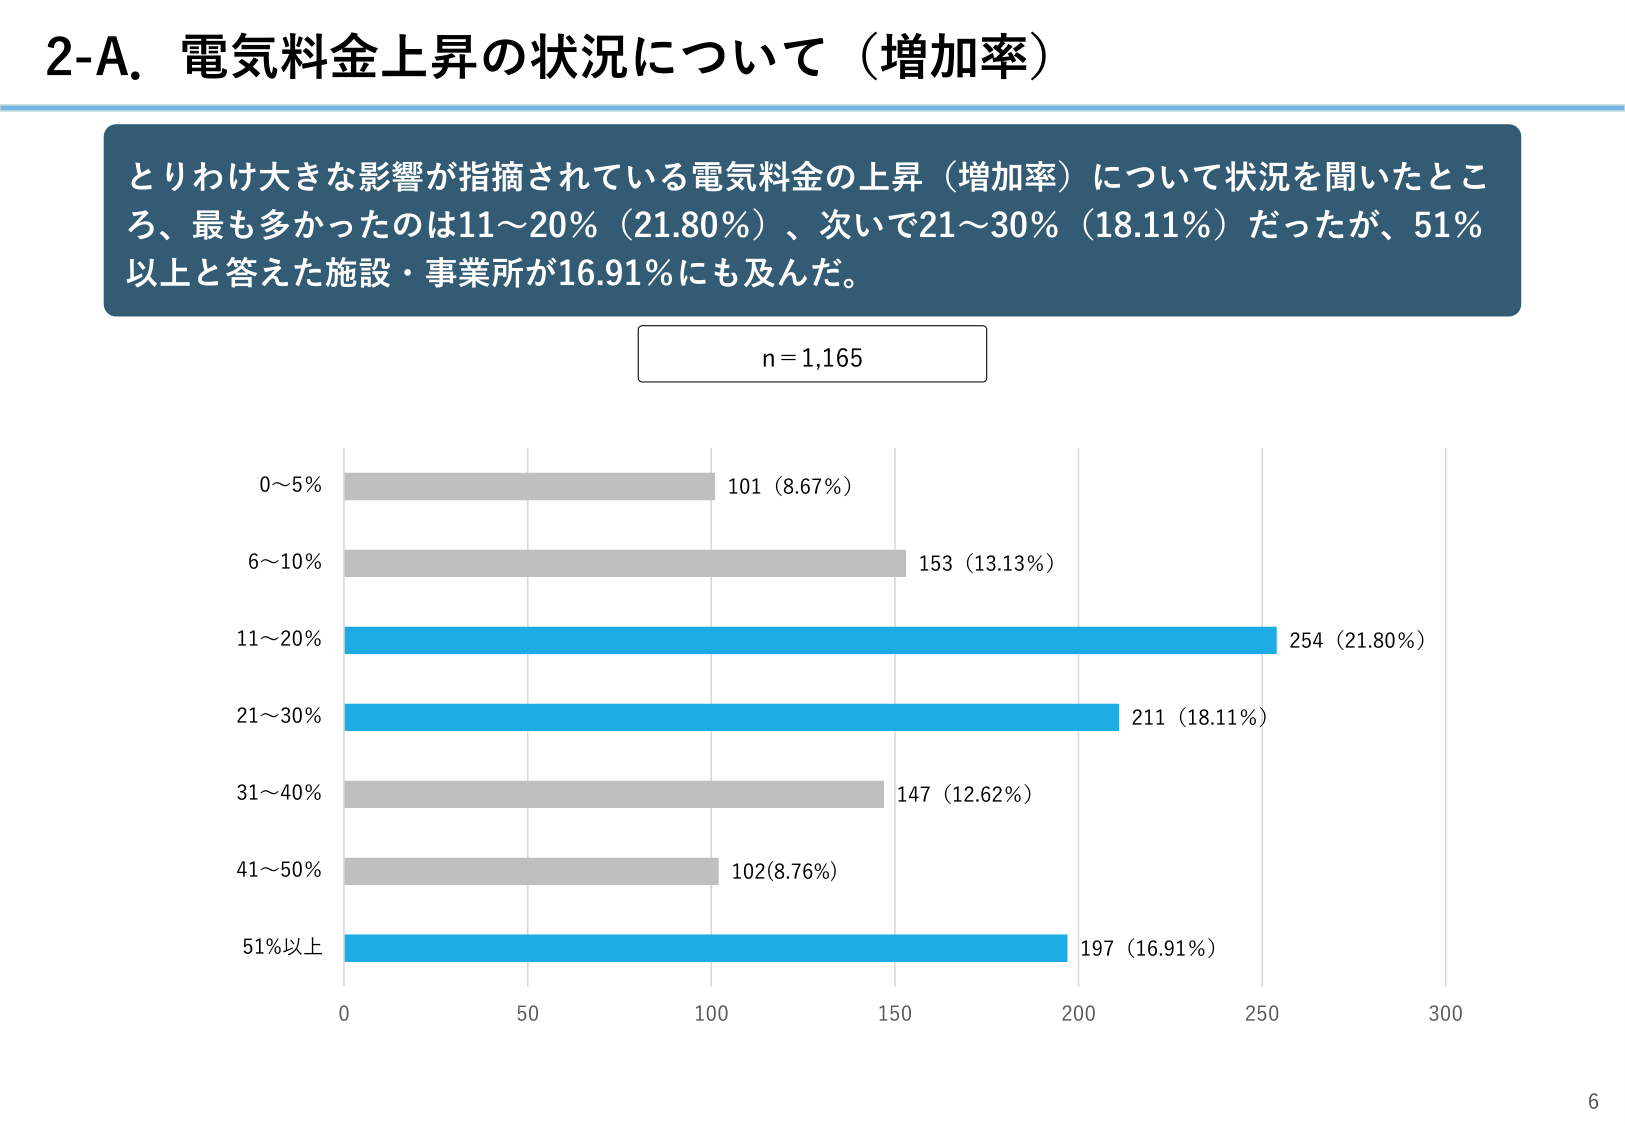
2-A. 電気料金上昇の状況について（増加率）

とりわけ大きな影響が指摘されている電気料金の上昇（増加率）について状況を聞いたところ、最も多かったのは11～20%（21.80%）、次いで21～30%（18.11%）だったが、51%以上と答えた施設・事業所が16.91%にも及んだ。

n = 1,165

0～5% 101（8.67%）
6～10% 153（13.13%）
11～20% 254（21.80%）
21～30% 211（18.11%）
31～40% 147（12.62%）
41～50% 102（8.76%）
51%以上 197（16.91%）

0 50 100 150 200 250 300

6